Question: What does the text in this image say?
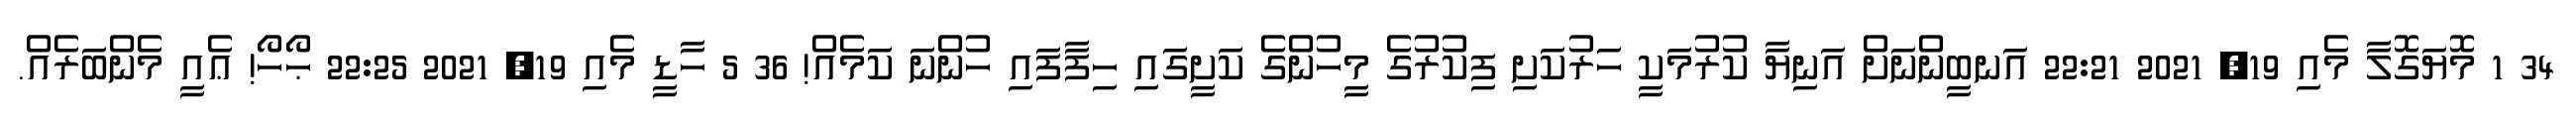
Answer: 34 1 މޮޔަގޮލާ މެއި 19, 2021 22:21 އަނބީންނަށް އަނިޔާ ކުރުމަކީ ހަރުކަށި ފިކުރުގެ މީހުންގެ ކަށީގައި ހިފާފައި ހުންނަ ކަމެއް! 36 5 ހާޑީ މެއި 19, 2021 22:25 ޙޯހޯ! ޢެއީ މެންބަރެއް.